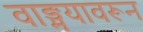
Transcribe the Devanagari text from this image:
वाङ्मयावरून